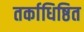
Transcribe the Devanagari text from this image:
तर्काधिष्ठित